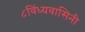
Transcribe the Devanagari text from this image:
८विंध्यवासिनी